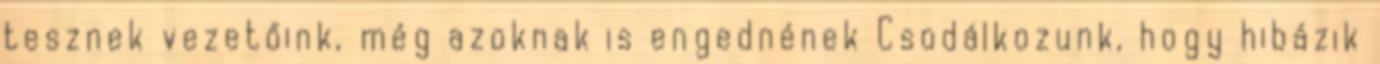
tesznek vezetőink, még azoknak is engednének Csodálkozunk, hogy hibázik